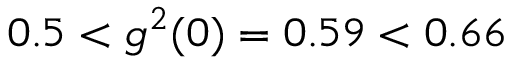
0 . 5 < g ^ { 2 } ( 0 ) = 0 . 5 9 < 0 . 6 6